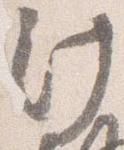
汁